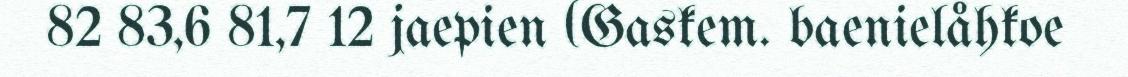
82 83,6 81,7 12 jaepien (Gaskem. baenielåhkoe